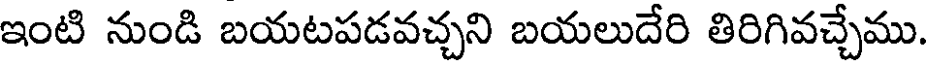
ఇంటి నుండి బయటపడవచ్చని బయలుదేరి తిరిగివచ్చేము.